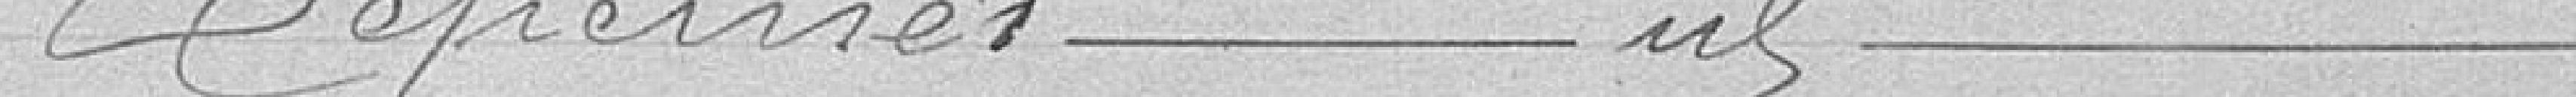
Dépenses